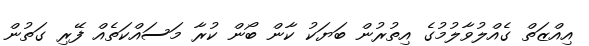
އިއްޒަތް ގެއްލުވާލުމުގެ އިތުރުން ބަޔަކު ކާން ބޯން ކުރާ މަސައްކަތެއް ފޭރި ގަތުން